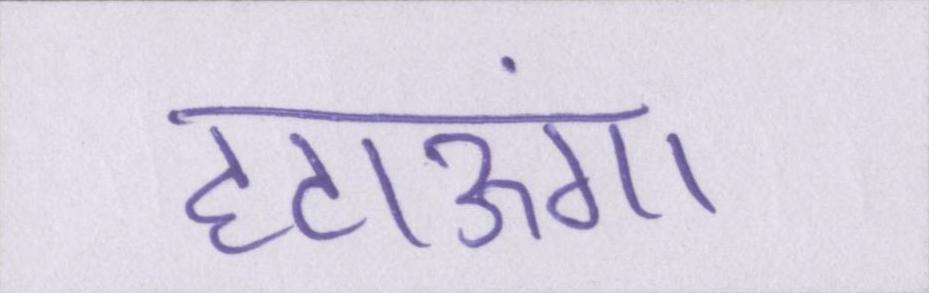
हटाऊंगा